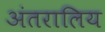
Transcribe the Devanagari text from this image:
अंतरालिय